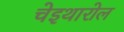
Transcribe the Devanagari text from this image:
चेइथारोल